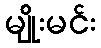
မျိုးမင်း